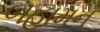
બહામન